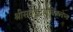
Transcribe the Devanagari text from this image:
श्रीसर्वबुद्धबोधिसत्त्वेभ्यः